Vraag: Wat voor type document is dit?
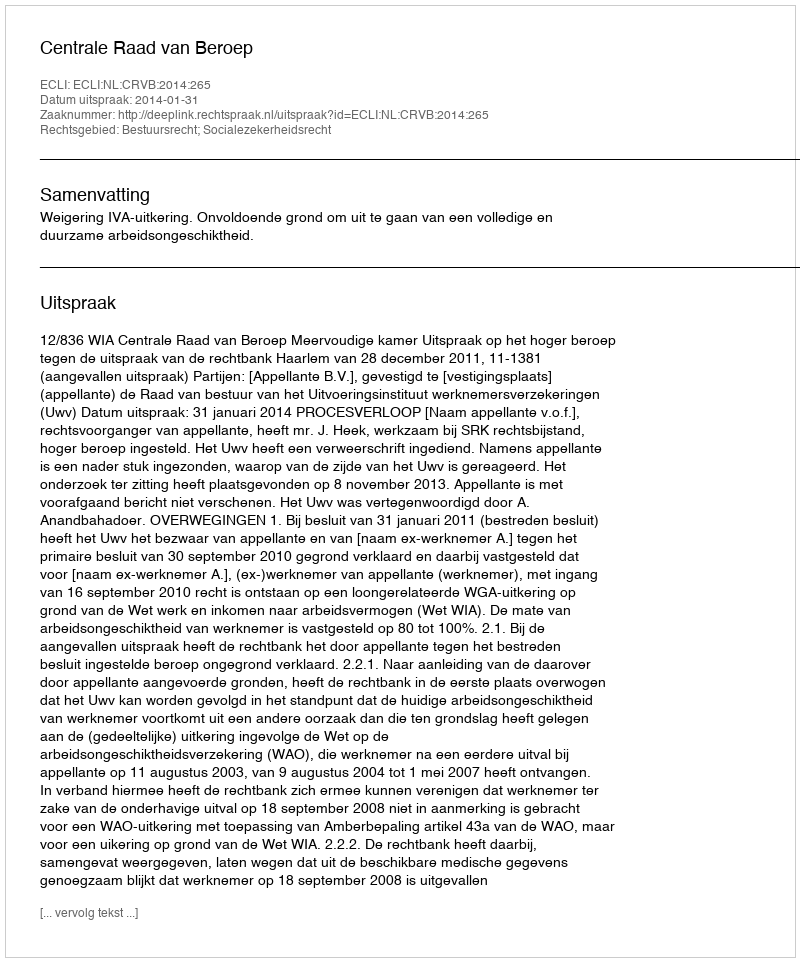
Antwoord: Uitspraak